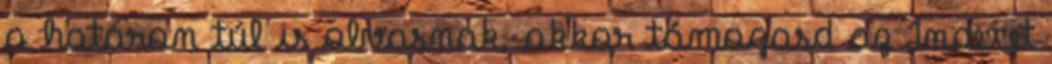
a határon túl is olvasnak, akkor támogasd az Indexet